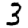
Digit: 3